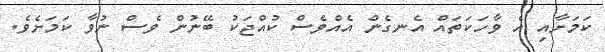
ކަމަށާއި އެ ވާހަކަތައް އެނގެން އެއްވެސް ކުއްޖަކު ބޭނުން ވެސް ނުވާ ކަމަށެވެ.